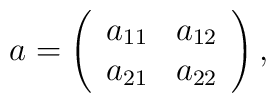
a = \left(\begin{array}{cc}a_{11} & a_{12} \\a_{21} & a_{22}\end{array}\right),